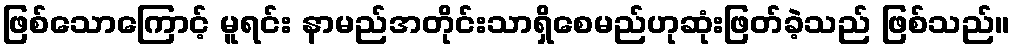
ဖြစ်သောကြောင့် မူရင်း နာမည်အတိုင်းသာရှိစေမည်ဟုဆုံးဖြတ်ခဲ့သည် ဖြစ်သည်။